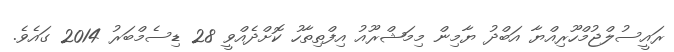
ރައީސުލްޖުމްހޫރިއްޔާ އަބްދު ޔާމިން މިމަޝްރޫއު އިފްތިތާހު ކޮށްދެއްވީ 28 ޑިސެމްބަރު 2014 ގައެވެ.